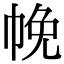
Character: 㡈